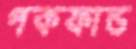
পকফান্ড